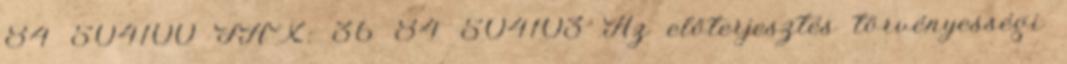
84 504100 FAX: 36 84 504103 Az előterjesztés törvényességi